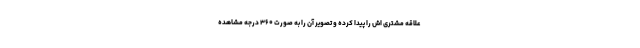
علاقه مشتری اش را پیدا کرده و تصویر آن را به صورت ۳۶۰ درجه مشاهده